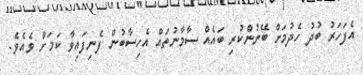
އެފަހަރު ބުދު ހެދުމަށް ބޭނުންކުރި ބައެއް ސާމާނުތައް އެހިސާބުން ފެނިފައިވާ ކަމަށް ވެއެވެ.